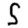
Digit: 5